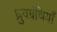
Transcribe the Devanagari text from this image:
ध्रुवग्रंथियाँ